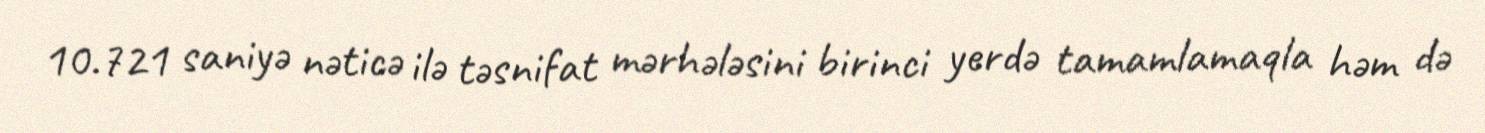
10.721 saniyə nəticə ilə təsnifat mərhələsini birinci yerdə tamamlamaqla həm də